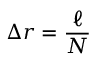
\Delta r = \frac { \ell } { N }